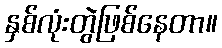
နှစ်လုံးတွဲဖြစ်နေတာ။